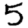
Digit: 5